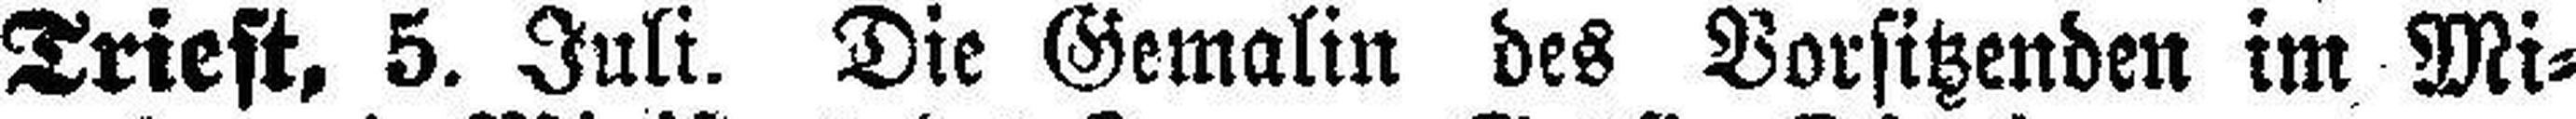
Triest, 5. Juli. Die Gemalin des Vorsitzenden im Mi¬